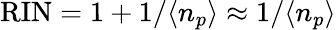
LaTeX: \mathrm{RIN}=1+1/\langle n_{p}\rangle\approx 1/\langle n_{p}\rangle